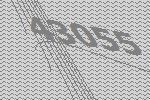
43055